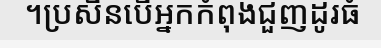
។ប្រសិនបើអ្នកកំពុងជួញដូរធំ